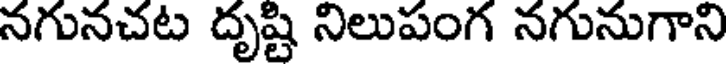
నగునచట దృష్టి నిలుపంగ నగునుగాని